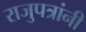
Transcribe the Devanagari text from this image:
राजुपत्रांनी